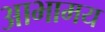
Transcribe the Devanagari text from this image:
आभामय